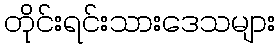
တိုင်းရင်းသားဒေသများ